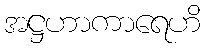
အဋ္ဌဟာကာရေဟိ